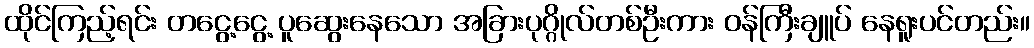
ထိုင်ကြည့်ရင်း တငွေ့ငွေ့ ပူဆွေးနေသော အခြားပုဂ္ဂိုလ်တစ်ဦးကား ဝန်ကြီးချူပ် နေရူးပင်တည်း။